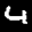
Label: 4